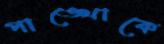
পাঙ্খোকে